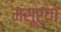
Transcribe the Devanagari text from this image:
मसूर्या